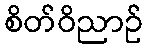
စိတ်ဝိညာဉ်